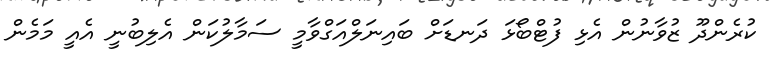
ކުރެންދޫ ޒުވާނުން އެޅި ފުޓްބޯޅަ ދަނޑަށް ބައިނަލްއަގްވާމީ ސަމާލުކަން އެލިބުނީ އެއީ މަމެން